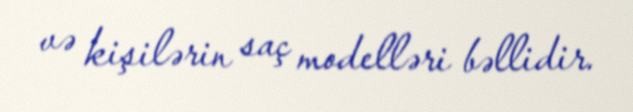
və kişilərin saç modelləri bəllidir.